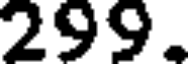
299.